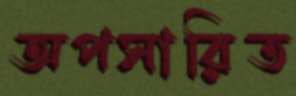
অপসারিত